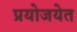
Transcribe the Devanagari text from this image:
प्रयोजयेत